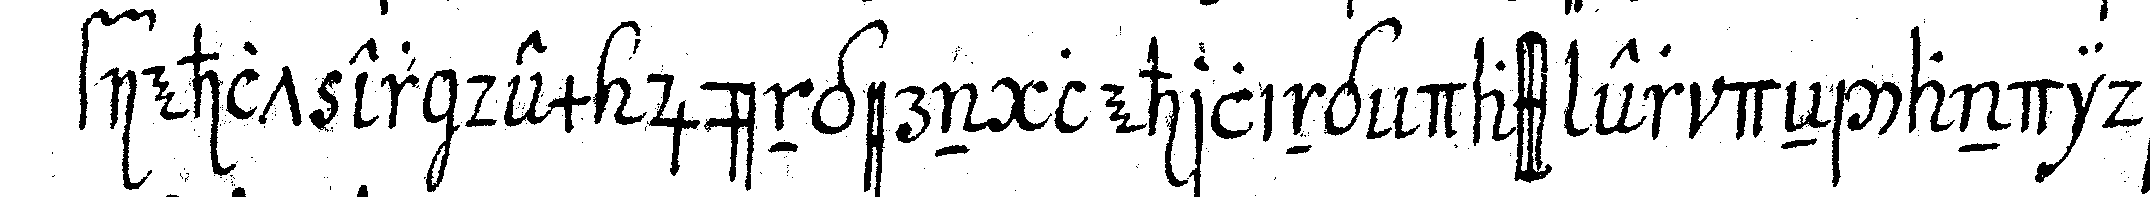
fiehlt er dem jüngern lehrling dass er deN candida